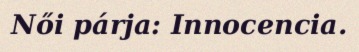
Női párja: Innocencia.